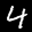
Label: 4